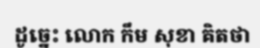
ដូច្នេះ លោក កឹម សុខា គិតថា